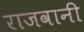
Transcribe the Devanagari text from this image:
राजवानी